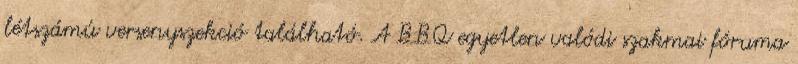
létszámú versenyszekció található. A BBQ egyetlen valódi szakmai fóruma